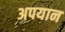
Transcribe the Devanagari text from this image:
अपयान